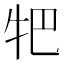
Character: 㸭